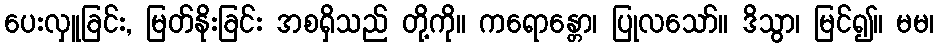
ပေးလှူခြင်း, မြတ်နိုးခြင်း အစရှိသည် တို့ကို။ ကရောန္တော၊ ပြုလသော်။ ဒိသွာ၊ မြင်၍။ မမ၊